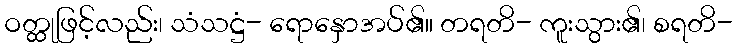
ဝတ္ထုဖြင့်လည်း၊ သံသဋ္ဌံ- ရောနှောအပ်၏။ တရတိ- ကူးသွား၏၊ စရတိ-